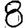
Digit: 8